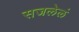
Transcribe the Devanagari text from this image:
सजलेलं